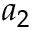
a _ { 2 }